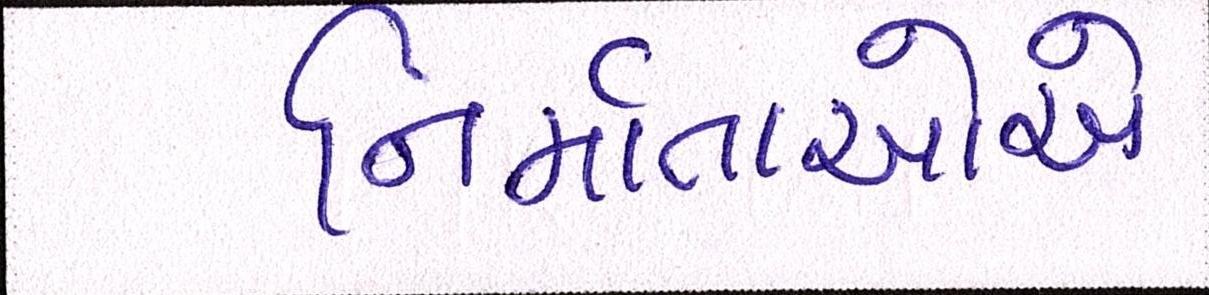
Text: નિર્માતાઓએ